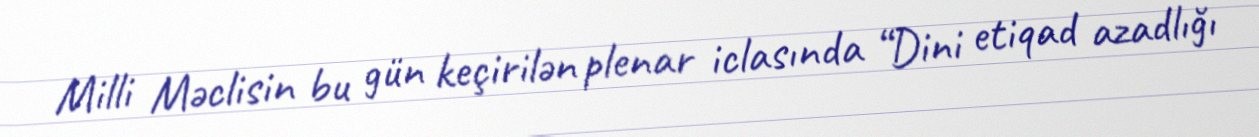
Milli Məclisin bu gün keçirilən plenar iclasında “Dini etiqad azadlığı